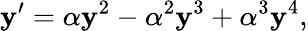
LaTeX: \mathbf{y}^{\prime}=\alpha\mathbf{y}^{2}-\alpha^{2}\mathbf{y}^{3}+\alpha^{3}\mathbf{y}^{4},